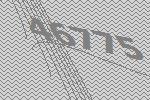
46775